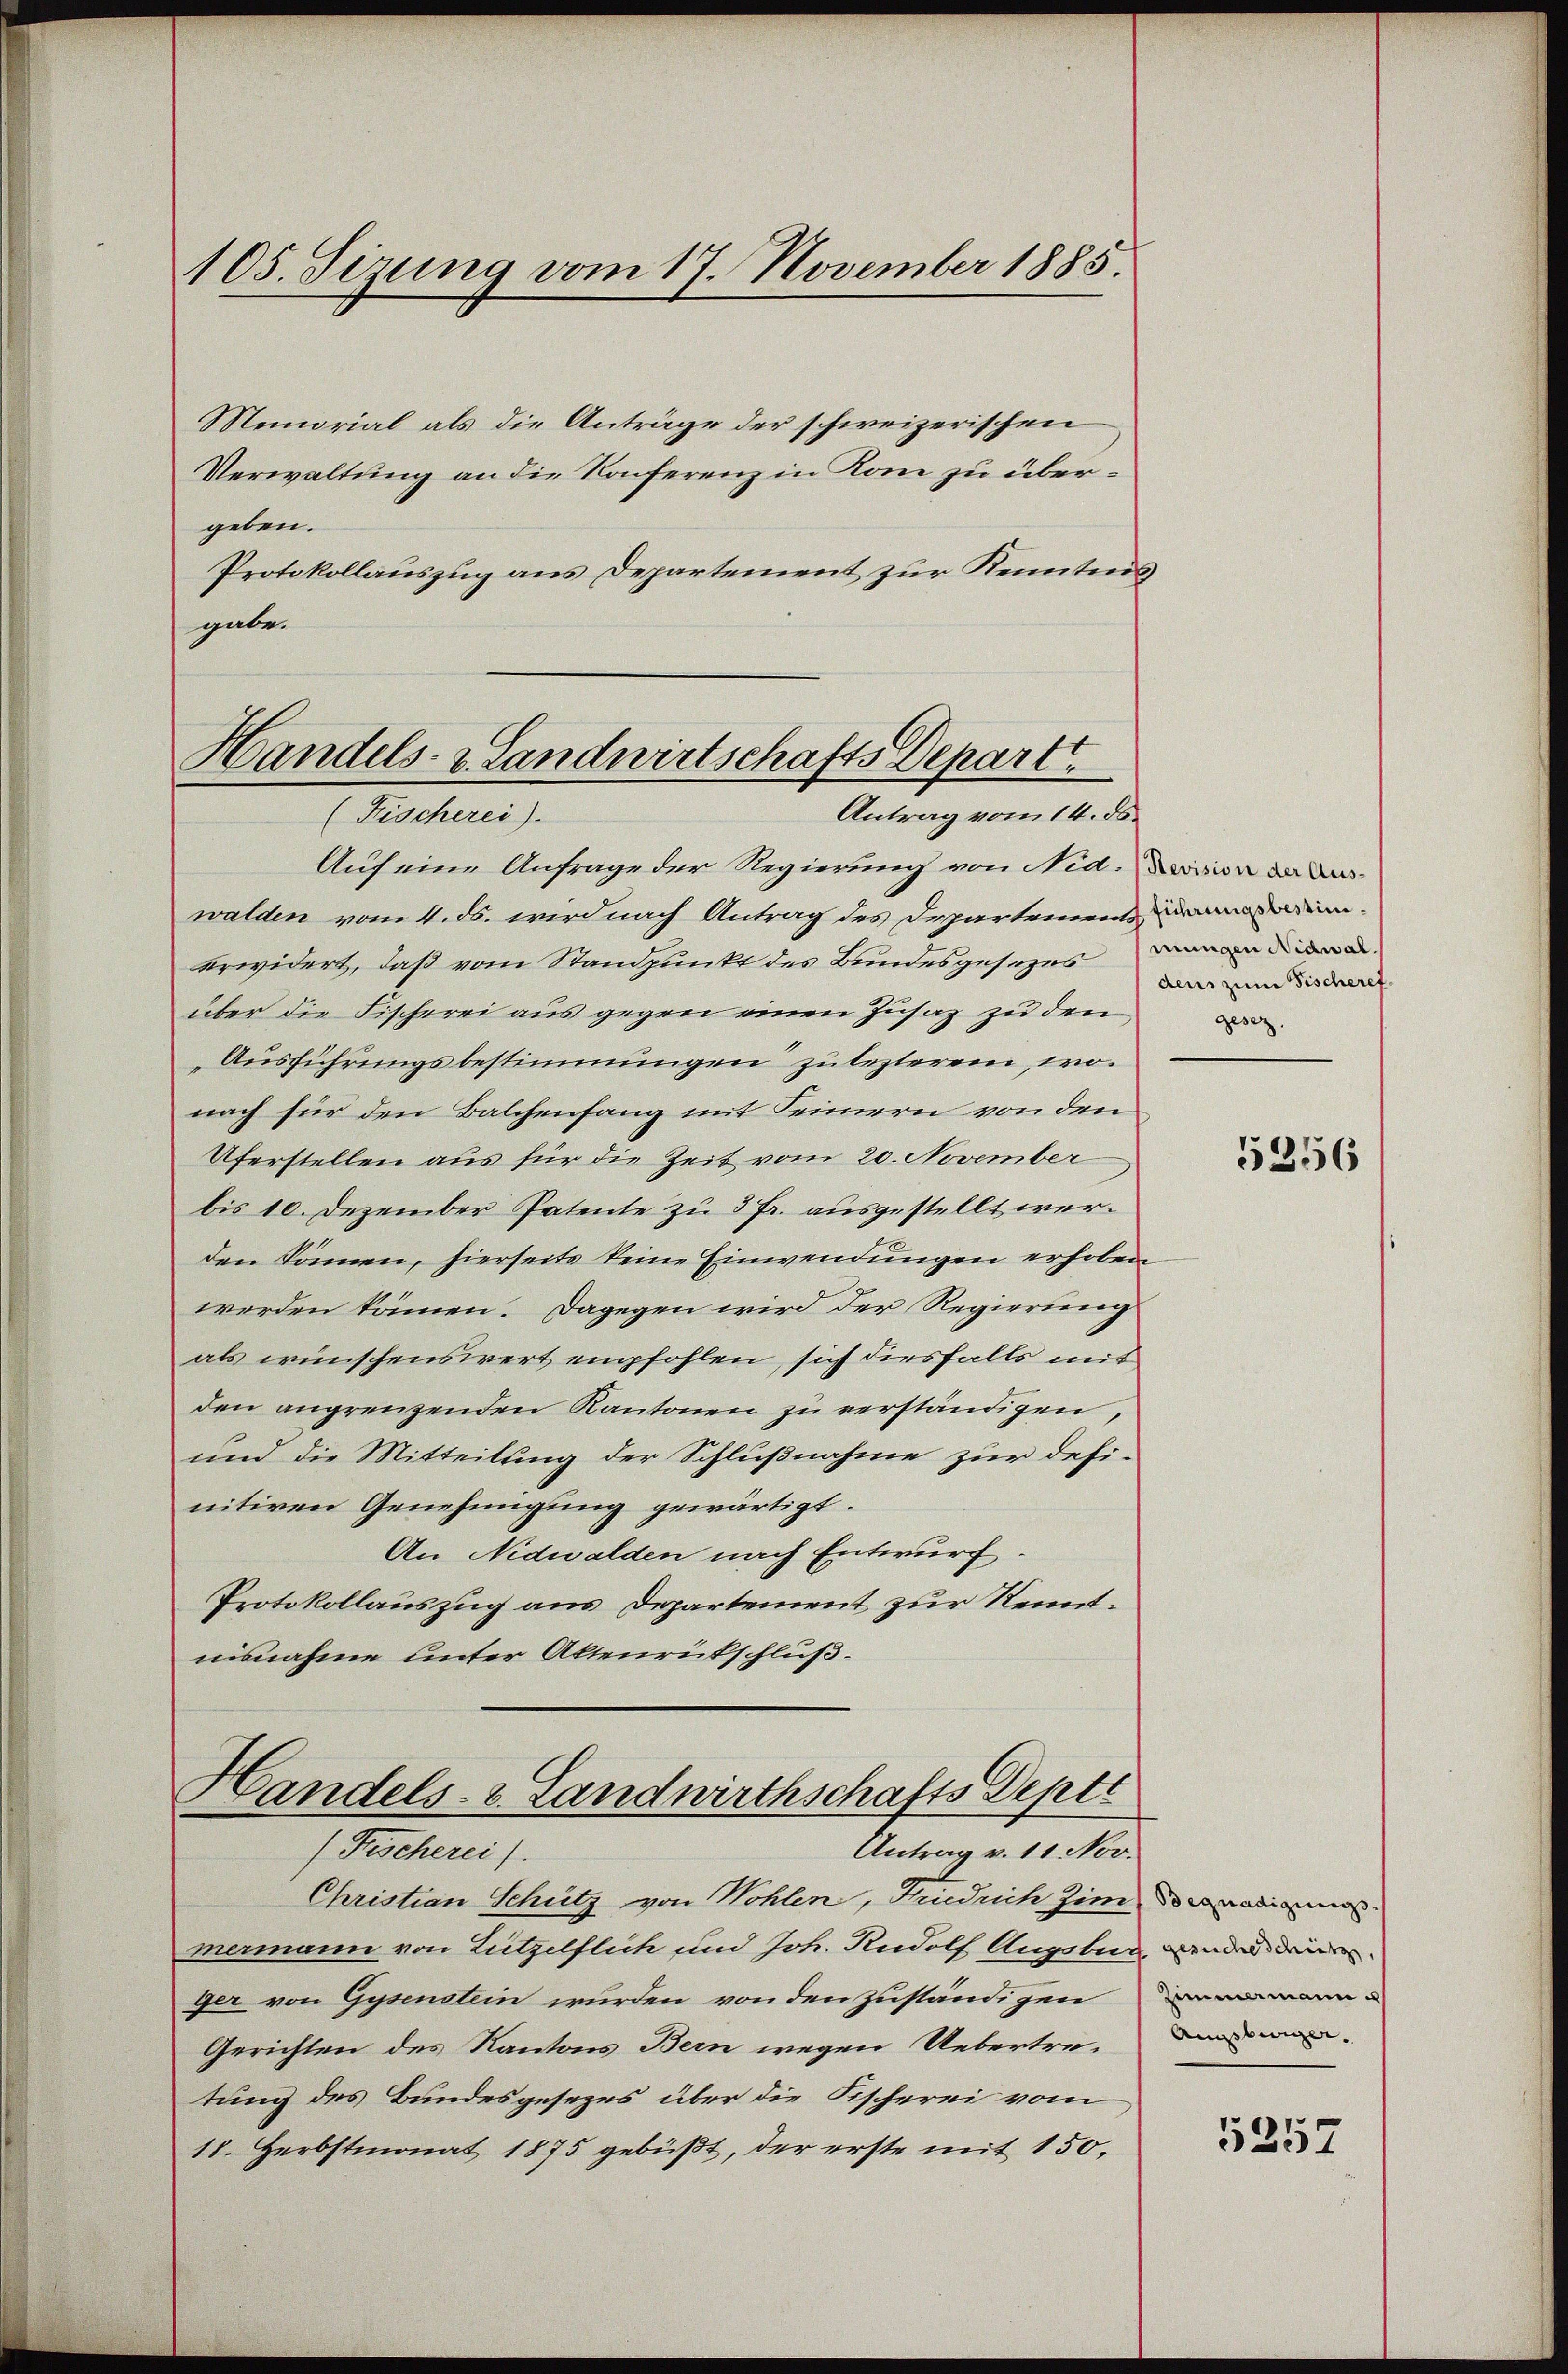
105. Sizung vom 17. November 1885.

Memorial als die Anträge der schweizerischen
Verwaltung an die Konferenz in Kom zu übergeben.
Protokollauszug aus Departement zur Kenntnis
gabe.

Handels- & Landwirtschafts Depart
Antrag vom 14. ds.
(Fischerei).

Auf eine Anfrage der Regierung von Nid. Dision der das
walden vom 4. ds. wird nach Antrag des Departement und dieerwidert, daß vom Standpunkt des Bundesgesezes davon
über die Fischerei aus gegen einen Zusaz zu den
Ausführungsbestimmungen zulezterem, wonach für den Balchenfang mit Seinern von den
Uferstellen aus für die Zeit vom 20. November
bis 10. Dezember Patente zu 3 Fr. ausgestellt werden können, hierseits keine Einwendungen erhoben
werden können. Dagegen wird der Regierung
als wünschenswert empfohlen, sich diesfalls mit
den angrenzenden Kantonen zu verständigen,
und die Mitteilung der Schlußnahme zur definitiven Genehmigung gewärtigt.
An Nidwalden nach Entwurf.
Protokollauszug aus Departement zur Kenntnisnahme unter Aktenrütschluß.

Handels- u. Landwirthschafts Septe
(Fischerei).
Antrag v. 11. Nov.

Christian Schütz von Wohlen, Friedrich Zimmenadigun
mermann von Lützelflich und Joh. Rudolf Augsbur ander die
ger von Gysenstein wurden von den zuständigen
Gerichten des Kantons Bern wegen Uebertretung des Bundesgesezes über die Fischerei vom
18. Herbstmonat 1875 gebüßt, der erste mit 150,

dens zum Fischeref.
gesez.

5256

Zimmermann e
Augsburger.

5257